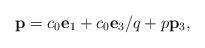
LaTeX: \begin{align*}{\bf p}=c_0{\bf e}_1+c_0{\bf e}_3/q+p{\bf p}_3,\end{align*}